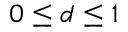
0 \leq d \leq 1